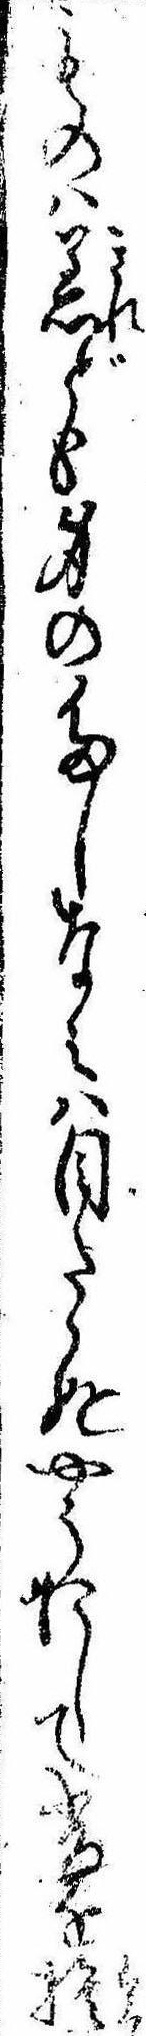
ものは着ども身のたしなみは目たゝぬやうにして昔を捨